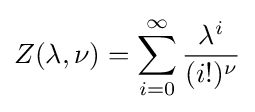
Z(\lambda ,\nu )=\sum _{i=0}^{\infty }{\frac {\lambda ^{i}}{(i!)^{\nu }}}